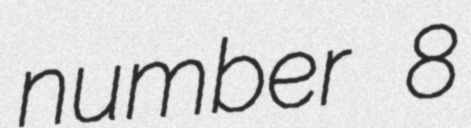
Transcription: number 8